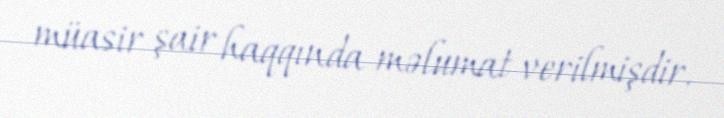
müasir şair haqqında məlumat verilmişdir.